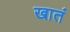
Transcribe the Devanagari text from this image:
खातं